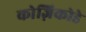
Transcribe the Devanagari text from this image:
कोज़िकोडे